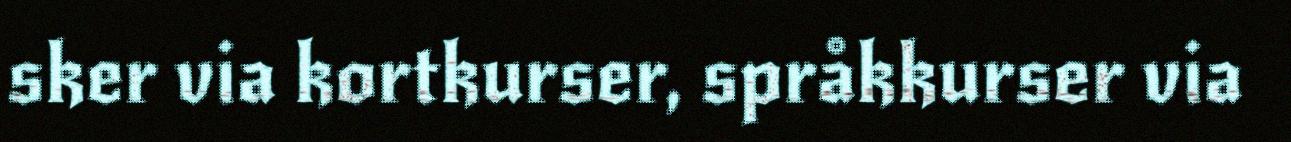
sker via kortkurser, språkkurser via